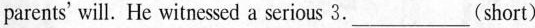
parents' will. He witnessed a serious 3.___(short)